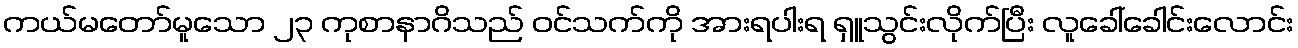
ကယ်မတော်မူသော ၂၃ ကုစာနာဂိသည် ဝင်သက်ကို အားရပါးရ ရှူသွင်းလိုက်ပြီး လူခေါ်ခေါင်းလောင်း